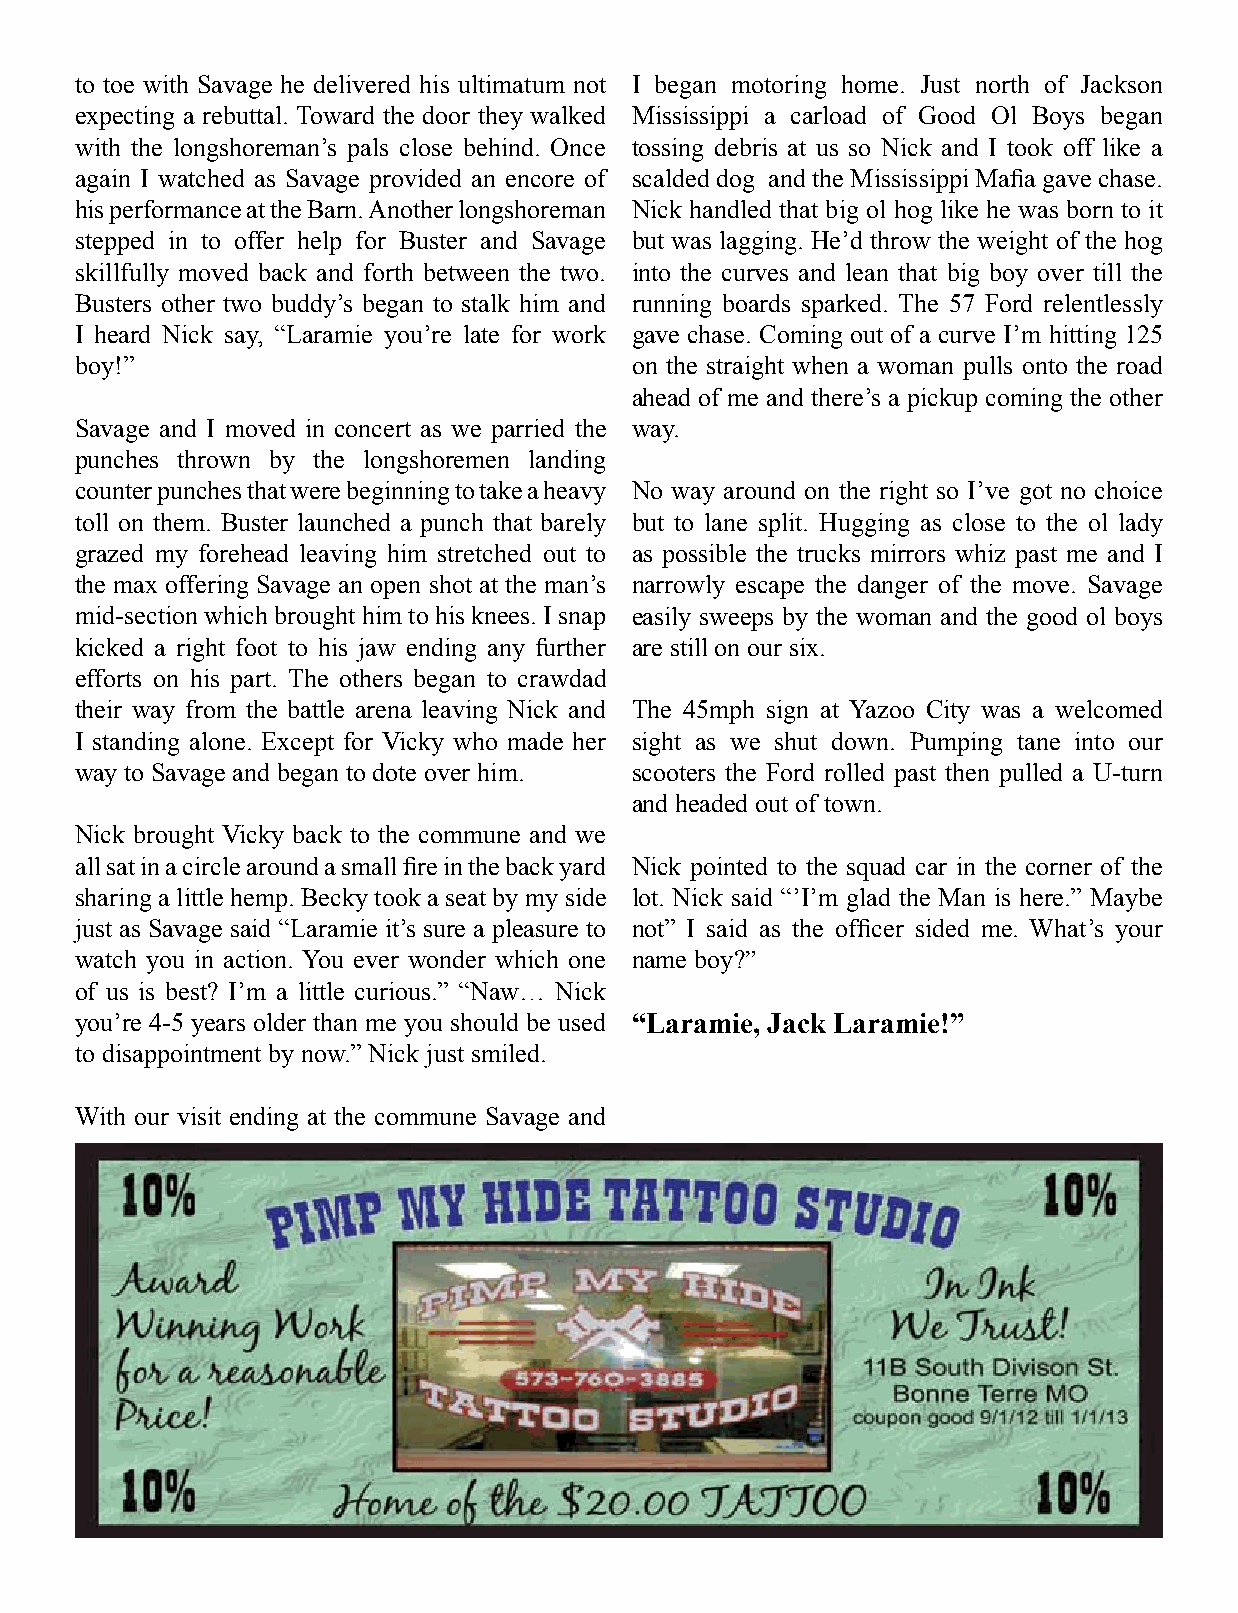
to toe with Savage he delivered his ultimatum not I began motoring home. Just north of Jackson
 expecting a rebuttal. Toward the door they walked Mississippi a carload of Good Ol Boys began
 with the longshoreman’s pals close behind. Once tossing debris at us so Nick and I took off like a
 again I watched as Savage provided an encore of scalded dog and the Mississippi Mafia gave chase.
 his performance at the Barn. Another longshoreman Nick handled that big ol hog like he was born to it
 stepped in to offer help for Buster and Savage but was lagging. He’d throw the weight of the hog
 skillfully moved back and forth between the two. into the curves and lean that big boy over till the
 Busters other two buddy’s began to stalk him and running boards sparked. The 57 Ford relentlessly
 I heard Nick say, “Laramie you’re late for work gave chase. Coming out of a curve I’m hitting 125
 boy!”                                on the straight when a woman pulls onto the road
 ahead of me and there’s a pickup coming the other
 Savage and I moved in concert as we parried the way.
 punches thrown by the longshoremen landing
 counter punches that were beginning to take a heavy No way around on the right so I’ve got no choice
 toll on them. Buster launched a punch that barely but to lane split. Hugging as close to the ol lady
 grazed my forehead leaving him stretched out to as possible the trucks mirrors whiz past me and I
 the max offering Savage an open shot at the man’s narrowly escape the danger of the move. Savage
 mid-section which brought him to his knees. I snap easily sweeps by the woman and the good ol boys
 kicked a right foot to his jaw ending any further are still on our six.
 efforts on his part. The others began to crawdad
 their way from the battle arena leaving Nick and The 45mph sign at Yazoo City was a welcomed
 I standing alone. Except for Vicky who made her sight as we shut down. Pumping tane into our
 way to Savage and began to dote over him. scooters the Ford rolled past then pulled a U-turn
 and headed out of town.
 Nick brought Vicky back to the commune and we
 all sat in a circle around a small fire in the back yard Nick pointed to the squad car in the corner of the
 sharing a little hemp. Becky took a seat by my side lot. Nick said “’I’m glad the Man is here.” Maybe
 just as Savage said “Laramie it’s sure a pleasure to not” I said as the officer sided me. What’s your
 watch you in action. You ever wonder which one name boy?”
 of us is best? I’m a little curious.” “Naw… Nick
 you’re 4-5 years older than me you should be used “Laramie, Jack Laramie!”
 to disappointment by now.” Nick just smiled.
 With our visit ending at the commune Savage and